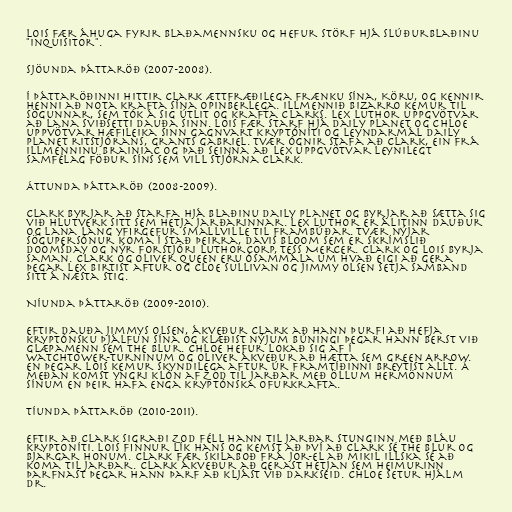
Lois fær áhuga fyrir blaðamennsku og hefur störf hjá slúðurblaðinu
"Inquisitor".

Sjöunda þáttaröð (2007-2008).

Í þáttaröðinni hittir Clark ættfræðilega frænku sína, Köru, og kennir
henni að nota krafta sína opinberlega. Illmennið Bizarro kemur til
sögunnar, sem tók á sig útlit og krafta Clarks. Lex Luthor uppgvötvar
að Lana sviðsetti dauða sinn. Lois fær starf hjá Daily Planet og Chloe
uppvötvar hæfileika sinn gagnvart kryptóníti og leyndarmál Daily
Planet ritstjórans, Grants Gabriel. Tvær ógnir stafa að Clark, ein frá
illmenninu Brainiac og það seinna að Lex uppgvötvar leynilegt
samfélag föður síns sem vill stjórna Clark.

Áttunda þáttaröð (2008-2009).

Clark byrjar að starfa hjá blaðinu Daily Planet og byrjar að sætta sig
við hlutverk sitt sem hetja jarðarinnar. Lex Luthor er álitinn dauður
og Lana Lang yfirgefur Smallville til frambúðar. Tvær nýjar
sögupersónur koma í stað þeirra, Davis Bloom sem er skrímslið
Doomsday og nýr forstjóri LuthorCorp, Tess Mercer. Clark og Lois byrja
saman. Clark og Oliver Queen eru ósammála um hvað eigi að gera
þegar Lex birtist aftur og Cloe Sullivan og Jimmy Olsen setja samband
sitt á næsta stig.

Níunda þáttaröð (2009-2010).

Eftir dauða Jimmys Olsen, ákveður Clark að hann þurfi að hefja
kryptónsku þjálfun sína og klæðist nýjum búningi þegar hann berst við
glæpamenn sem The Blur. Chloe hefur lokað sig af í
Watchtower-turninum og Oliver ákveður að hætta sem Green Arrow.
En þegar Lois kemur skyndilega aftur úr framtíðinni breytist allt. Á
meðan komst yngri klón af Zod til jarðar með öllum hermönnum
sínum en þeir hafa enga kryptónska ofurkrafta.

Tíunda þáttaröð (2010-2011).

Eftir að Clark sigraði Zod féll hann til jarðar stunginn með bláu
kryptoníti. Lois finnur lík hans og kemst að því að Clark sé The Blur og
bjargar honum. Clark fær skilaboð frá Jor-El að mikil illska sé að
koma til jarðar. Clark ákveður að gerast hetjan sem heimurinn
þarfnast þegar hann þarf að kljást við Darkseid. Chloe setur hjálm
Dr.